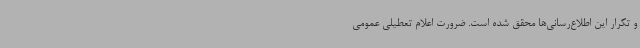
و تکرار این اطلاع‌رسانی‌ها محقق شده است. ضرورت اعلام تعطیلی عمومی